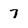
Character: 7